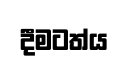
දීමටත්ය